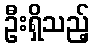
ဦးရှိသည့်